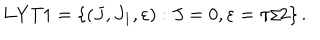
\mathrm { L Y T 1 } = \left\{ ( J , J _ { 1 } , \varepsilon ) : J = 0 , \varepsilon = \pi / 2 \right\} .